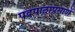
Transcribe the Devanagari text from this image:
पदपाठाप्रमाणें